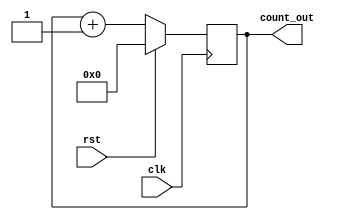
`timescale 1ns / 1ps
//////////////////////////////////////////////////////////////////////////////////
// Company: 
// Engineer: 
// 
// Design Name: 
// Module Name: counter
// Project Name: 
// Target Devices: 
// Tool Versions: 
// Description: 
// 
// Dependencies: 
// 
// Revision:
// Revision 0.01 - File Created
// Additional Comments:
// 
//////////////////////////////////////////////////////////////////////////////////


module counter(clk,rst,count_out

    );
    input clk,rst;
    output [3:0]count_out;
    
    reg [3:0]count_out;
    initial count_out = 3'b000;
    
    always@(posedge clk)
    begin
      if(rst)
       count_out = 0;
      else
      begin
       count_out = count_out + 1;
       end
  // $display("output of counter: %b",count_out);
     end
endmodule